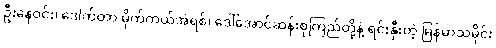
ဦးနေဝင်း၊ ဒေါက်တာ မိုက်ကယ်အဲရစ်၊ ဒေါ်အောင်ဆန်းစုကြည်တို့နဲ့ ရင်းနှီးတဲ့ မြန်မာသမိုင်း